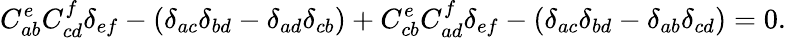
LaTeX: C_{ab}^{e}C_{cd}^{f}\delta_{ef}-(\delta_{ac}\delta_{bd}-\delta_{ad}\delta_{cb})+C_{cb}^{e}C_{ad}^{f}\delta_{ef}-(\delta_{ac}\delta_{bd}-\delta_{ab}\delta_{cd})=0.